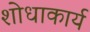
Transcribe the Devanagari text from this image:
शोधाकार्य